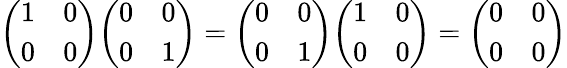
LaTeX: {\left(\begin{array}{ll}{1}&{0}\\ {0}&{0}\end{array}\right)}{\left(\begin{array}{ll}{0}&{0}\\ {0}&{1}\end{array}\right)}={\left(\begin{array}{ll}{0}&{0}\\ {0}&{1}\end{array}\right)}{\left(\begin{array}{ll}{1}&{0}\\ {0}&{0}\end{array}\right)}={\left(\begin{array}{ll}{0}&{0}\\ {0}&{0}\end{array}\right)}